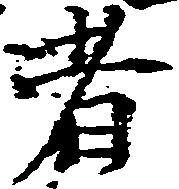
者